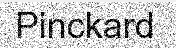
Pinckard